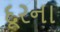
દૂરના